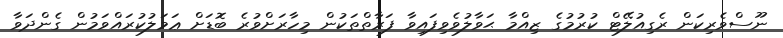
ނޫސްވެރިކަން ރެގިއުލޭޓް ކުރުމުގެ ޒިއްމާ ޙަވާލުވެވިފައިވާ ފަރާތްތަކުން މިހާރަށްވުރެ ބޮޑަށް ޢަމަލުކުރައްވަމުން ގެންދަވާ